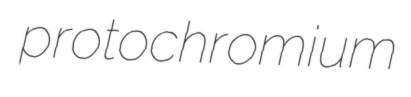
protochromium